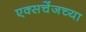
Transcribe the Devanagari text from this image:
एक्सचेंजच्या